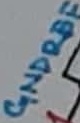
Text: GNDREF